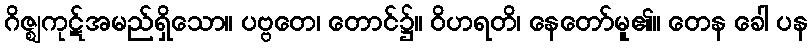
ဂိဇ္ဈကုဋ်အမည်ရှိသော။ ပဗ္ဗတေ၊ တောင်၌။ ဝိဟရတိ၊ နေတော်မူ၏။ တေန ခေါ ပန